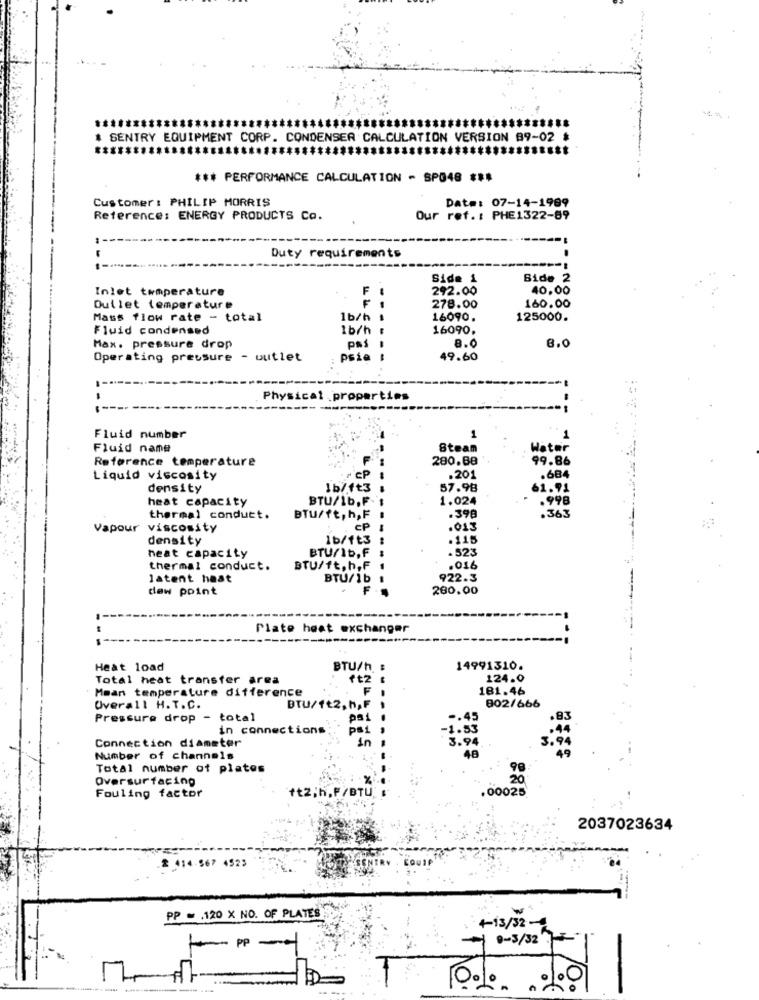
# SENTRY EQUIPMENT CORP. CONDENSER CALCULATION VERSION 89-02 #
*** PERFORMANCE CALCULATION - SP048 ***
Customer: PHILIP MORRIS
Date: 07-14-1999
Reference: ENERGY PRODUCTS Co.
Our ref. : PHE1322-89
Duty requirements
Side 1
Bide 2
Inlet temperature
F
292.00
40.00
Outlet temperature
278.00
160.00
Mass flow rate - total
1b/h
16090.
125000.
Fluid condensed
1b/h
16090.
8.0
Max. pressure drop
Pas
8.0
Operating pressure - outlet
psie
49.60
Physical properties
--
Fluid number
1
1
Fluid name
8team
Water
Reference temperature
280.88
99.86
Liquid viscosity
CP
.201
density
1b/ft3
57.98
61.91
heat capacity
BTU/1b,F
1.024
.998
.363
thermal conduct.
BTU/ft, h,F
.390
Vapour viscosity
EP
.013
density
1b/ft3
.115
BTU/1b,F
.523
heat capacity
thermal conduct.
BTU/ft.h,F
.016
latent heat
BTU/1b
922.3
dew point
F
280.00
Plate heat exchanger
Heat load
BTU/h :
14991310.
Total heat transfer area
124.0
Mean temperature difference
181.46
Overall H.T.C.
DTU/ft2,h,F
802/666
Pressure drop - total
psi
.45
in connections;
Psi
.53
Connection diameter
An
Number of channels
Total number of plates
Oversurfacing
00025
Fouling factor
2037023634
2 414.567 4525
PP = . 120 X NO. OF PLATES
+-13/32 -
PP
0-3/32